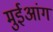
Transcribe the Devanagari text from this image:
मुईआंग